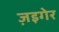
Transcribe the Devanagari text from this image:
ज़इगेर